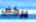
يركض